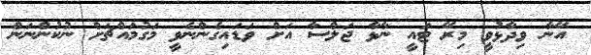
އޭނާ ވިދާޅުވީ މިރޭ ޓައީ ނާޅާ ޖަލްސާ އަށް ވަޑައިގެންނެވީ މަގުމައްޗަށް ނުކުންނަން